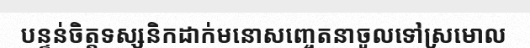
បន្ទន់ចិត្តទស្សនិកដាក់មនោសញ្ចេតនាចូលទៅស្រមោល